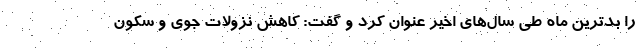
را بدترین ماه طی سال‌های اخیر عنوان کرد و گفت: کاهش نزولات جوی و سکون